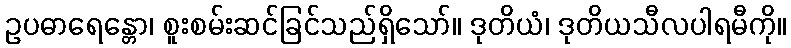
ဥပဓာရေန္တော၊ စူးစမ်းဆင်ခြင်သည်ရှိသော်။ ဒုတိယံ၊ ဒုတိယသီလပါရမီကို။